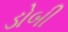
ડોબી